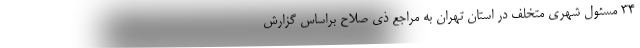
۳۴ مسئول شهری متخلف در استان تهران به مراجع ذی صلاح براساس گزارش